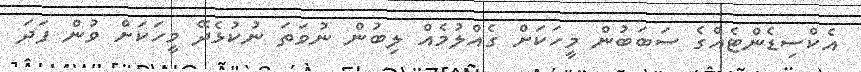
އެކްސިޑެންޓެއްގެ ސަބަބުން މީހަކަށް ގެއްލުމެއް ލިބުން ނުވަތަ ނުކުޅެދޭ މީހަކަށް ވުން ފަދަ